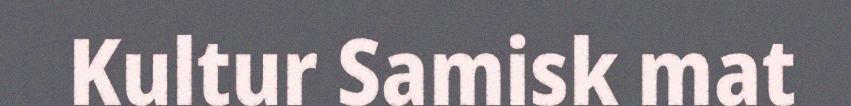
Kultur Samisk mat